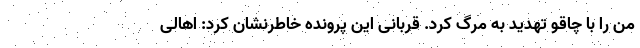
من را با چاقو تهدید به مرگ کرد. قربانی این پرونده خاطرنشان کرد: اهالی